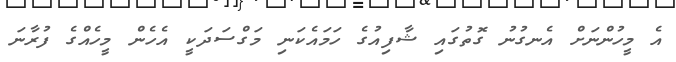
އެ މީހުންނަށް އެނގުނު ގޮތުގައި ޝާފިއުގެ ހަމައެކަނި މަގްސަދަކީ އެހެން މީހެއްގެ ފުރާނަ